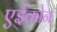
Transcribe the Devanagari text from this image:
एईकोन